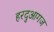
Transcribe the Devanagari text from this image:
हरदुआगज